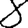
Digit: 8